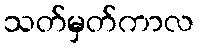
သတ်မှတ်ကာလ